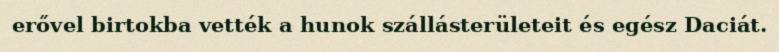
erővel birtokba vették a hunok szállásterületeit és egész Daciát.